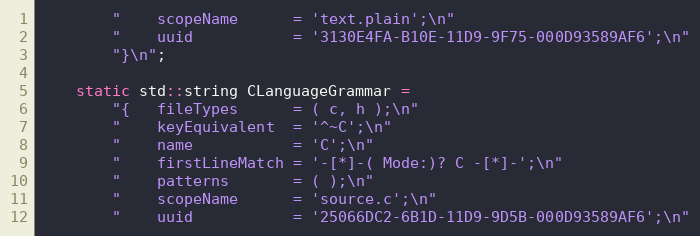
Language: C++
		"	scopeName      = 'text.plain';\n"
		"	uuid           = '3130E4FA-B10E-11D9-9F75-000D93589AF6';\n"
		"}\n";

	static std::string CLanguageGrammar =
		"{	fileTypes      = ( c, h );\n"
		"	keyEquivalent  = '^~C';\n"
		"	name           = 'C';\n"
		"	firstLineMatch = '-[*]-( Mode:)? C -[*]-';\n"
		"	patterns       = ( );\n"
		"	scopeName      = 'source.c';\n"
		"	uuid           = '25066DC2-6B1D-11D9-9D5B-000D93589AF6';\n"